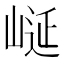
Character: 𭖮